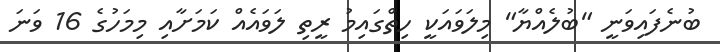
ބުނެފައިވަނީ "ބުލެއްޔާ" މިލަވައަކީ ހިތްގައިމު ރީތި ލަވައެއް ކަމަށާއި މިމަހުގެ 16 ވަނަ